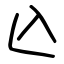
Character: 兦